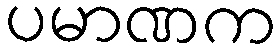
ပမာဏက